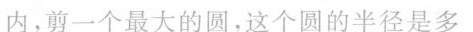
内，剪一个最大的圆，这个圆的半径是多